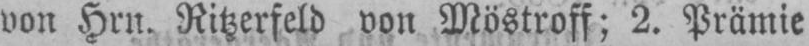
von Hrn. Ritzerfeld von Möstroff; 2. Prämie